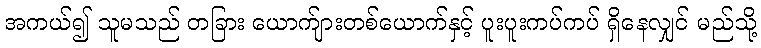
အကယ်၍ သူမသည် တခြား ယောက်ျားတစ်ယောက်နှင့် ပူးပူးကပ်ကပ် ရှိနေလျှင် မည်သို့